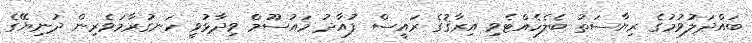
ބައްދަލުވުމުގެ ރިޔާސަތު ބެލެހެއްޓެވި އިރާޤުގެ ރައީސް ފުއާދު މައުސޫމް ވިދާޅުވީ ހަނގުރާމަވެރިން ދުނިޔޭގެ